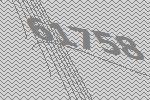
61758